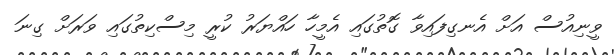
ވީނިއުސް އަށް އެނގިފައިވާ ގޮތުގައި އެމީހާ ހައްޔަރު ކުރީ މިސްކިތުގައި ވަރަށް ގިނަ